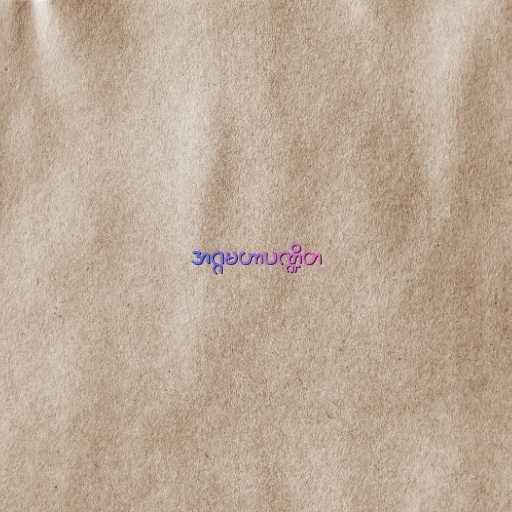
အဂ္ဂမဟာပဏ္ဍိတ